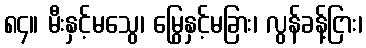
၈၄။ မီးနှင့်မသွေ၊ မြွေနှင့်မခြား၊ လွန်ခန့်ငြား၊